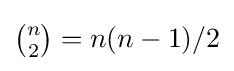
{\tbinom {n}{2}}=n(n-1)/2